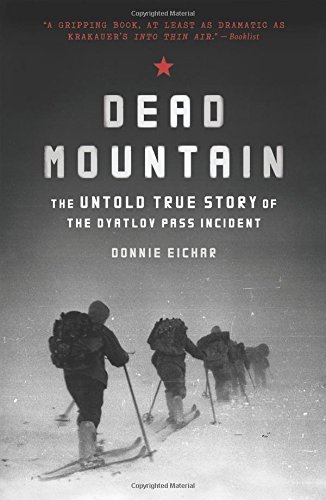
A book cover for Dead Mountain: The Untold True Story of the Dyatlov Pass Incident; Donnie Eichar; Biographies & Memoirs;